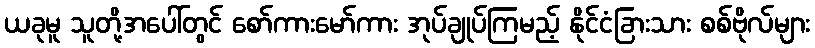
ယခုမူ သူတို့အပေါ်တွင် စော်ကားမော်ကား အုပ်ချုပ်ကြမည့် နိုင်ငံခြားသား စစ်ဗိုလ်များ